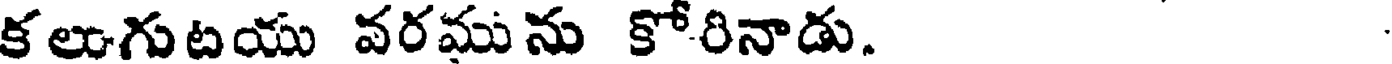
కలుగుటయు వరమును కోరినాడు.